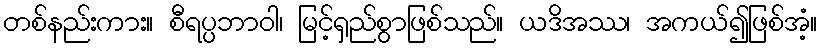
တစ်နည်းကား။ စီရပ္ပဘာဝါ၊ မြင့်ရှည်စွာဖြစ်သည်။ ယဒိအဿ၊ အကယ်၍ဖြစ်အံ့။